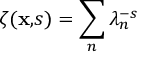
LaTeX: \zeta ( { \bf x , } s ) = \sum _ { n } \lambda _ { n } ^ { - s }